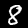
Digit: 8